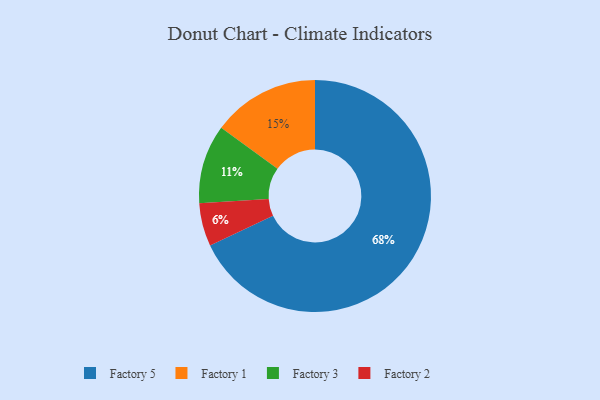
{"axis": {"x": "Category", "y": "Percentage"}, "legend": ["Factory 1", "Factory 2", "Factory 3", "Factory 5"], "data": [{"x": "Factory 5", "y": 68, "type": "Factory 5"}, {"x": "Factory 1", "y": 15, "type": "Factory 1"}, {"x": "Factory 2", "y": 6, "type": "Factory 2"}, {"x": "Factory 3", "y": 11, "type": "Factory 3"}]}